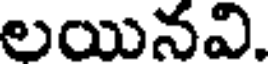
లయినవి.